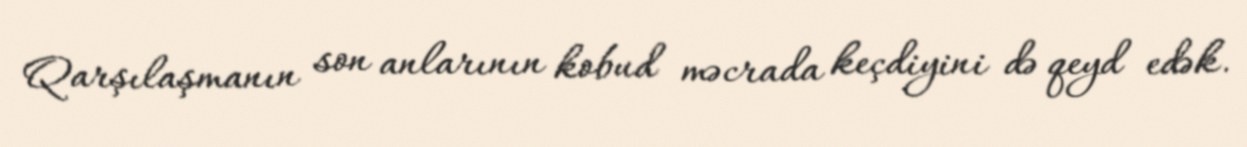
Qarşılaşmanın son anlarının kobud məcrada keçdiyini də qeyd edək.